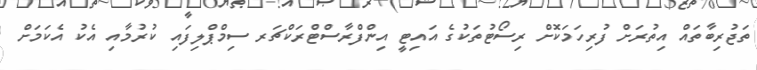
ތަޖުރިބާތައް އިތުރަށް ފުރިހަމަކޮށް ރިސޯޓުތަކުގެ އައިޓީ އިންފްރާސްޓްރަކްޗަރ ސިމްޕްލިފައި ކުރުމާއި އެކު އެކަމަށް